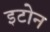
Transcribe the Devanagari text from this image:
इटोन